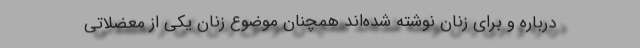
درباره و برای زنان نوشته شده‌اند همچنان موضوع زنان یکی از معضلاتی